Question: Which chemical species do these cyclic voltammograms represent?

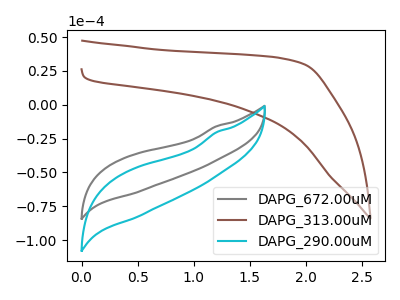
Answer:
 <answer>The gray curve is labeled "DAPG_672.00uM". The brown curve is labeled "DAPG_313.00uM". The cyan curve is labeled "DAPG_290.00uM".</answer>
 <eval></eval>